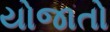
યોજાતો